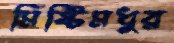
মিষ্টিমধুর